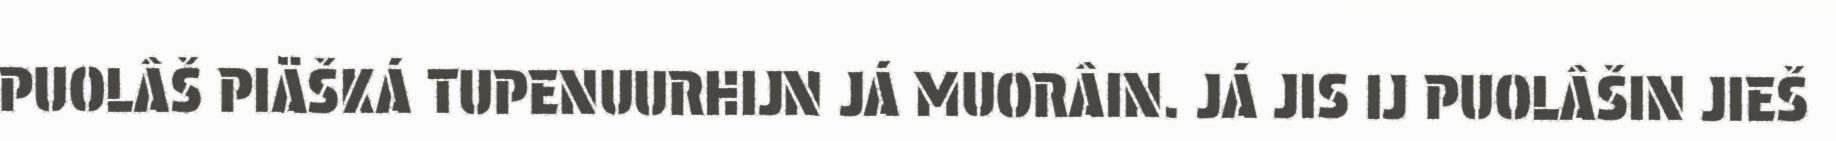
PUOLÂŠ PIÄŠKÁ TUPENUURHIJN JÁ MUORÂIN. JÁ JIS IJ PUOLÂŠIN JIEŠ